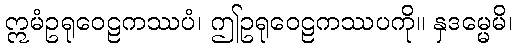
ဣမံဥရုဝေဠကဿပံ၊ ဤဥရုဝေဠကဿပကို။ နှဒမ္မေမိ၊